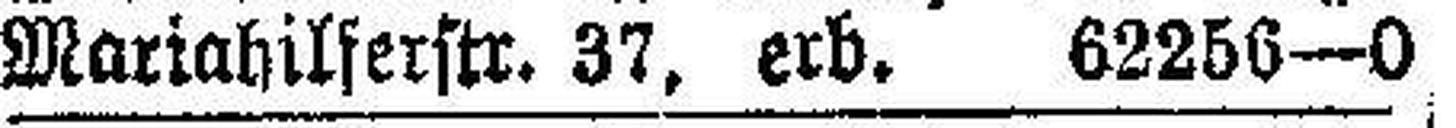
Mariahilferstr. 37, erb. 62256—0